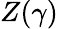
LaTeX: Z(\gamma)